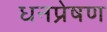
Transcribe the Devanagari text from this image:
धनप्रेषण